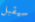
سيقبل